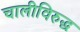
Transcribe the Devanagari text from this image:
चालीविरुद्ध